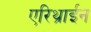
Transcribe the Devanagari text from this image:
एरिथ्राईन